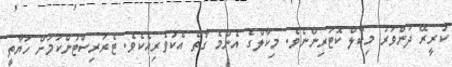
ކުރީރޭ ދަންވަރު މިކާލް ކޮޓަރިންނެވެ. މިކާލްގެ އެންމެ ގާތް އެކުވެރިއެކެވެ. ޓެރަރިސްޓުންކަމަށް ހަޔާތީ